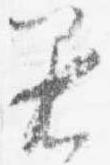
着